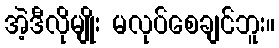
အဲ့ဒီလိုမျိုး မလုပ်စေချင်ဘူး။